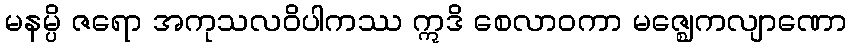
မနမ္ပိ ဇရော အကုသလဝိပါကဿ ဣဒိ စေလာဝကာ မဇ္ဈေကလျာဏော